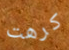
كرهت